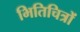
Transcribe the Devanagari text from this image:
भितिचित्रों